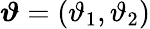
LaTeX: \boldsymbol{\vartheta}=(\vartheta_{1},\vartheta_{2})